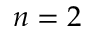
n = 2